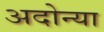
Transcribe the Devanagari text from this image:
अदोन्या